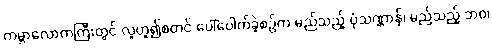
ကမ္ဘာလောကကြီးတွင် လူဟူ၍စတင် ပေါ်ပေါက်ခဲ့စဉ်က မည်သည့် ပုံသဏ္ဌာန်၊ မည်သည့် ဘဝ၊